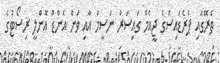
ތެރޭގައި ޕެރެޑައިސްގެ ޖީއެމް ގައިސަރު ނަސީމް އާއި ވަން އެންޑް އޮންލީ ރިސޯޓުގެ